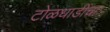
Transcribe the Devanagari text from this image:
टोळधाडींचा